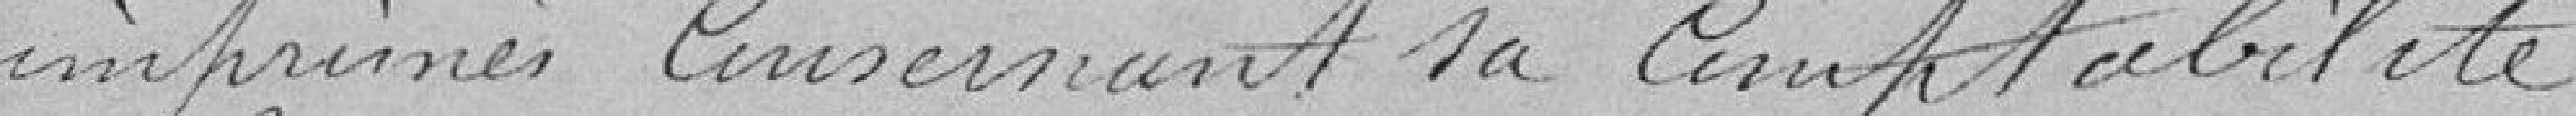
imprimés concernant sa comptabilité